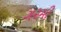
ગ૨મી